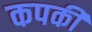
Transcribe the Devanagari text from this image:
कपकी